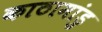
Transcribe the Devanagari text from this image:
काठामांडु